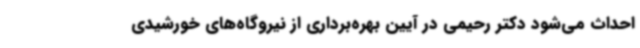
احداث می‌شود دکتر رحیمی در آیین بهره‌برداری از نیروگاه‌های خورشیدی